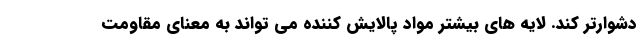
دشوارتر کند. لایه های بیشتر مواد پالایش کننده می تواند به معنای مقاومت